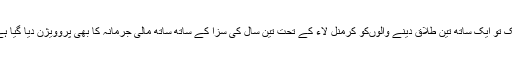
ایک تو ایک ساتھ تین طلاق دینے والوںکو کرمنل لاء کے تحت تین سال کی سزا کے ساتھ ساتھ مالی جرمانہ کا بھی پروویژن دیا گیا ہے۔